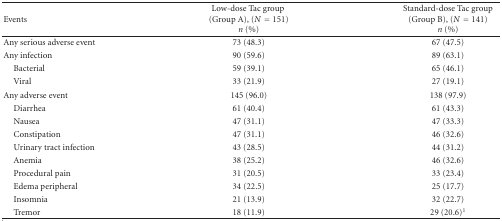
<table><thead><tr><td><b>Events</b></td><td><b>Low-dose Tac group(Group A), (<i>N</i> = 151)<i>n</i> (%)</b></td><td><b>Standard-dose Tac group(Group B), (<i>N</i> = 141)<i>n</i> (%)</b></td></tr></thead><tbody><tr><td>Any serious adverse event</td><td>73 (48.3)</td><td>67 (47.5)</td></tr><tr><td>Any infection</td><td>90 (59.6)</td><td>89 (63.1)</td></tr><tr><td> Bacterial</td><td>59 (39.1)</td><td>65 (46.1)</td></tr><tr><td> Viral</td><td>33 (21.9)</td><td>27 (19.1)</td></tr><tr><td>Any adverse event</td><td>145 (96.0)</td><td>138 (97.9)</td></tr><tr><td> Diarrhea</td><td>61 (40.4)</td><td>61 (43.3)</td></tr><tr><td> Nausea</td><td>47 (31.1)</td><td>47 (33.3)</td></tr><tr><td> Constipation</td><td>47 (31.1)</td><td>46 (32.6)</td></tr><tr><td> Urinary tract infection</td><td>43 (28.5)</td><td>44 (31.2)</td></tr><tr><td> Anemia</td><td>38 (25.2)</td><td>46 (32.6)</td></tr><tr><td> Procedural pain</td><td>31 (20.5)</td><td>33 (23.4)</td></tr><tr><td> Edema peripheral</td><td>34 (22.5)</td><td>25 (17.7)</td></tr><tr><td> Insomnia</td><td>21 (13.9)</td><td>32 (22.7)</td></tr><tr><td> Tremor</td><td>18 (11.9)</td><td>29 (20.6)<sup>1</sup></td></tr></tbody></table>